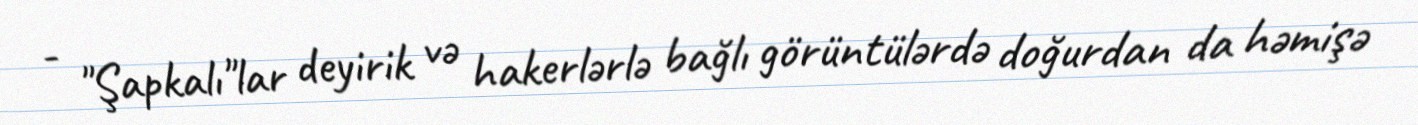
- "Şapkalı"lar deyirik və hakerlərlə bağlı görüntülərdə doğurdan da həmişə